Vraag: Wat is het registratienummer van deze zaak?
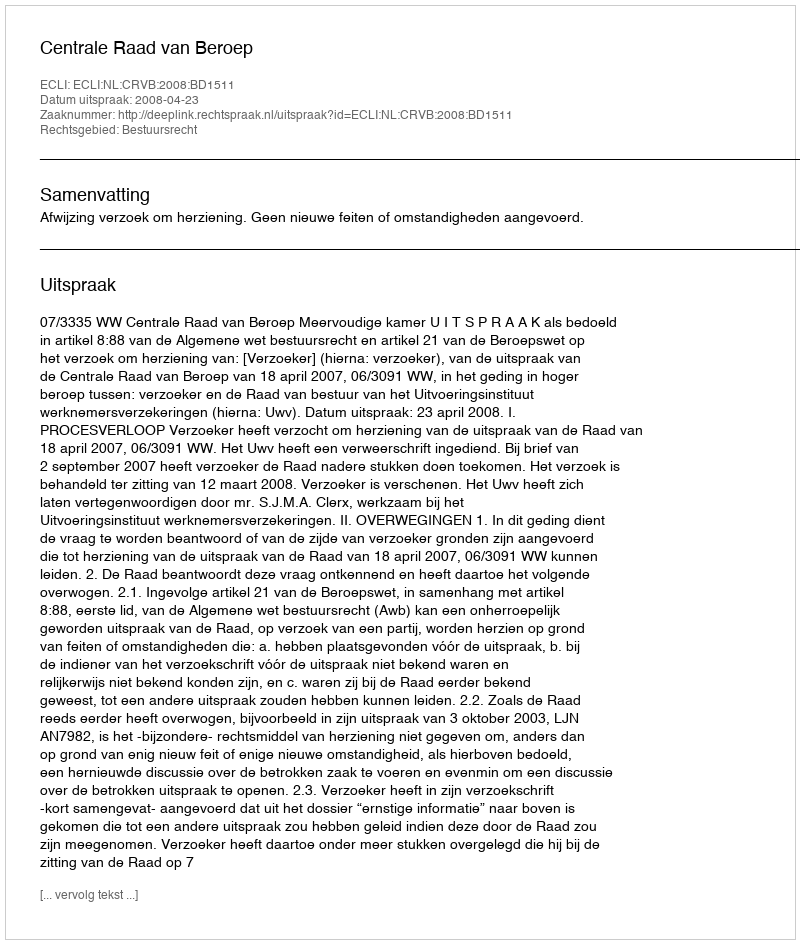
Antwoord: http://deeplink.rechtspraak.nl/uitspraak?id=ECLI:NL:CRVB:2008:BD1511